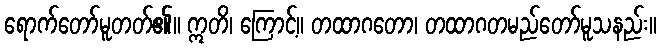
ရောက်တော်မူတတ်၏။ ဣတိ၊ ကြောင့်။ တထာဂတော၊ တထာဂတမည်တော်မူသနည်း။